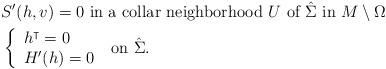
LaTeX: \begin{align*}&S' (h, v)=0 \mbox { in a collar neighborhood $U$ of $\hat\Sigma$ in } M\setminus \Omega\\&\left\{ \begin{array}{l} h^\intercal =0\\ H'(h)=0\end{array} \right.\mbox { on } \hat \Sigma.\end{align*}